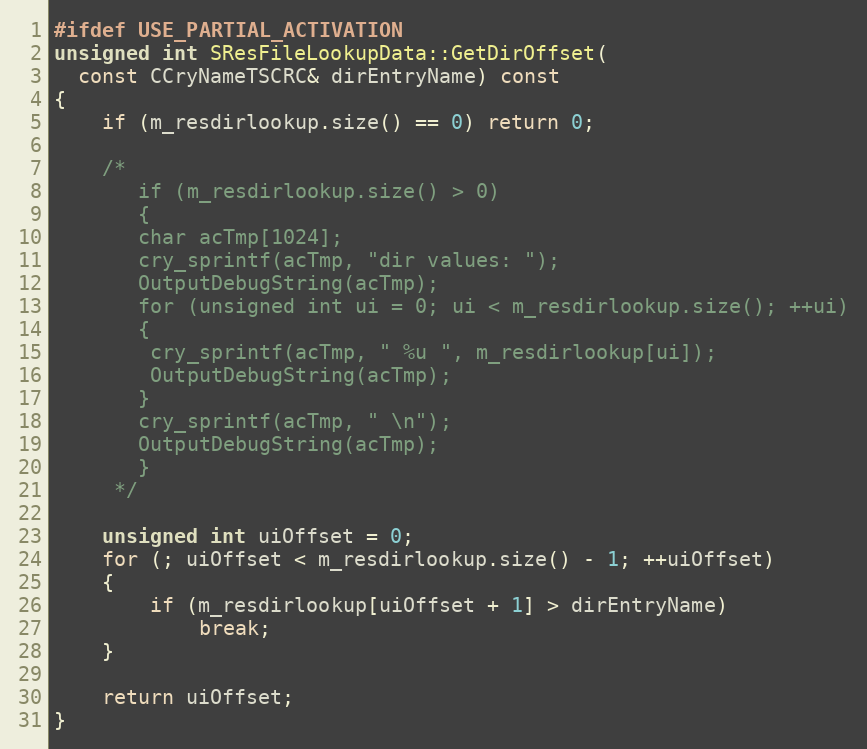
Language: C++
#ifdef USE_PARTIAL_ACTIVATION
unsigned int SResFileLookupData::GetDirOffset(
  const CCryNameTSCRC& dirEntryName) const
{
	if (m_resdirlookup.size() == 0) return 0;

	/*
	   if (m_resdirlookup.size() > 0)
	   {
	   char acTmp[1024];
	   cry_sprintf(acTmp, "dir values: ");
	   OutputDebugString(acTmp);
	   for (unsigned int ui = 0; ui < m_resdirlookup.size(); ++ui)
	   {
	    cry_sprintf(acTmp, " %u ", m_resdirlookup[ui]);
	    OutputDebugString(acTmp);
	   }
	   cry_sprintf(acTmp, " \n");
	   OutputDebugString(acTmp);
	   }
	 */

	unsigned int uiOffset = 0;
	for (; uiOffset < m_resdirlookup.size() - 1; ++uiOffset)
	{
		if (m_resdirlookup[uiOffset + 1] > dirEntryName)
			break;
	}

	return uiOffset;
}